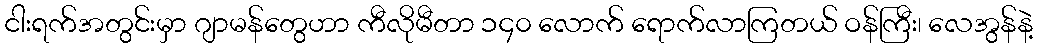
ငါးရက်အတွင်းမှာ ဂျာမန်တွေဟာ ကီလိုမီတာ ၁၄၀ လောက် ရောက်လာကြတယ် ဝန်ကြီး၊ လေအွန်နဲ့